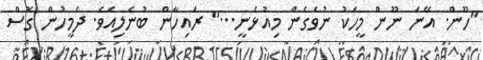
"ހޫން. އޭނަ ނޫން މީހަކު ނުވެގެން މިއުޅެނީ..." ރައިހާން ބުނެލިއެވެ. ދެމީހުން ގޮސް